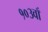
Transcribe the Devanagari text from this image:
१०३वाँ